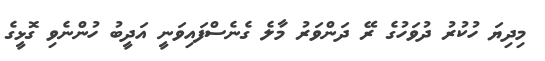
މިދިޔަ ހުކުރު ދުވަހުގެ ރޭ ދަންވަރު މާލެ ގެނެސްފައިވަނީ އަދީބު ހުންނެވި ގޮޅީގެ